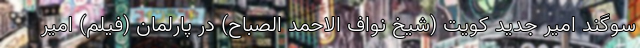
سوگند امیر جدید کویت (شیخ نواف الاحمد الصباح) در پارلمان (فیلم) امیر